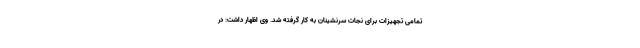
تمامی تجهیزات برای نجات سرنشینان به کار گرفته شد. وی اظهار داشت: در